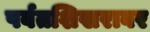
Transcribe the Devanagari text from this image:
पर्वतशिखरावर